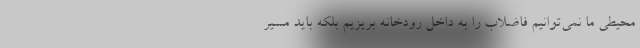
محیطی ما نمی‌توانیم فاضلاب را به داخل رودخانه بریزیم بلکه باید مسیر